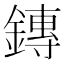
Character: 鏄